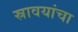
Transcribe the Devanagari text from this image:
स्रावयांचा